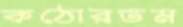
কঠোরতম